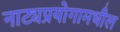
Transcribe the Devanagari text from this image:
नाट्यप्रयोगामधील